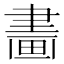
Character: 𤲿